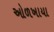
ઓળખાયા